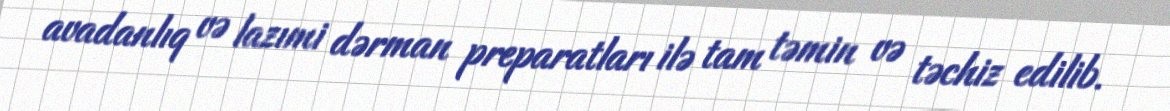
avadanlıq və lazımi dərman preparatları ilə tam təmin və təchiz edilib.